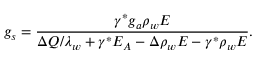
g _ { s } = \frac { \gamma ^ { * } g _ { a } \rho _ { w } E } { \Delta Q / \lambda _ { w } + \gamma ^ { * } E _ { A } - \Delta \rho _ { w } E - \gamma ^ { * } \rho _ { w } E } .